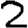
Digit: 2